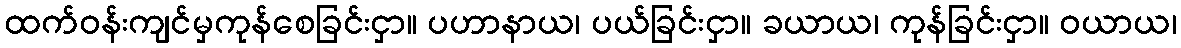
ထက်ဝန်းကျင်မှကုန်စေခြင်းငှာ။ ပဟာနာယ၊ ပယ်ခြင်းငှာ။ ခယာယ၊ ကုန်ခြင်းငှာ။ ဝယာယ၊